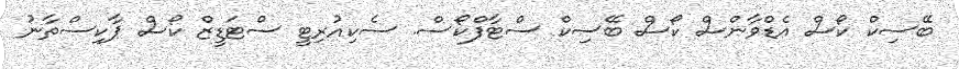
ބޭސިކް ކޯސް އެޑްވާންސް ކޯސް ބޭސިކް ސްޓާފްކޯސް. ސެކިއުރިޓީ ސްޓަޑީޒް ކޯސް ޕާކިސްތާނު